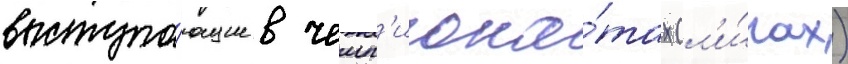
выступа́ющие в чемп'иона́тах (л'и́гах)